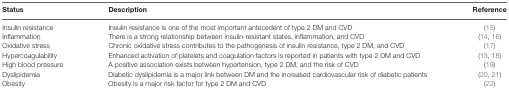
<table><thead><tr><td><b>Status</b></td><td><b>Description</b></td><td><b>Reference</b></td></tr></thead><tbody><tr><td>Insulin resistance</td><td>Insulin resistance is one of the most important antecedent of type 2 DM and CVD</td><td>(15)</td></tr><tr><td>Inflammation</td><td>There is a strong relationship between insulin-resistant states, inflammation, and CVD</td><td>(14, 16)</td></tr><tr><td>Oxidative stress</td><td>Chronic oxidative stress contributes to the pathogenesis of insulin resistance, type 2 DM, and CVD</td><td>(17)</td></tr><tr><td>Hypercoagulability</td><td>Enhanced activation of platelets and coagulation factors is reported in patients with type 2 DM and CVD</td><td>(13, 18)</td></tr><tr><td>High blood pressure</td><td>A positive association exists between hypertension, type 2 DM, and the risk of CVD</td><td>(19)</td></tr><tr><td>Dyslipidemia</td><td>Diabetic dyslipidemia is a major link between DM and the increased cardiovascular risk of diabetic patients</td><td>(20, 21)</td></tr><tr><td>Obesity</td><td>Obesity is a major risk factor for type 2 DM and CVD</td><td>(22)</td></tr></tbody></table>